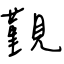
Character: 覲